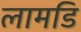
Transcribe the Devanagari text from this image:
लामडि